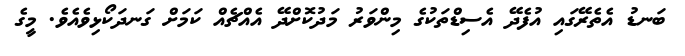
ބަނޑު އެތެރޭގައި އުފެދޭ އެސިޑްތަކުގެ މިންވަރު މަދުކޮށްދޭ އެއްޗެއް ކަމަށް ގަނދަކޯޅިވެއެވެ. މީގެ